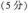
（5分）